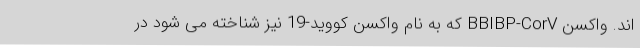
اند. واکسن BBIBP-CorV که به نام واکسن کووید-19 نیز شناخته می شود در